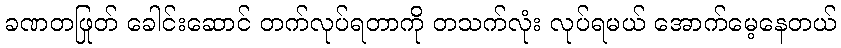
ခဏတဖြုတ် ခေါင်းဆောင် တက်လုပ်ရတာကို တသက်လုံး လုပ်ရမယ် အောက်မေ့နေတယ်